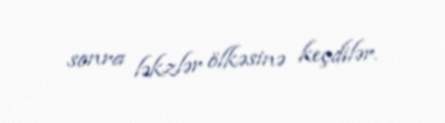
sonra ləkzlər ölkəsinə keçdilər.